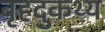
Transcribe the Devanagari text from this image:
बृहदुकथ्य